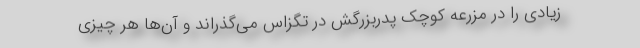
زیادی را در مزرعه کوچک پدربزرگش در تگزاس می‌گذراند و آن‌ها هر چیزی